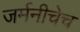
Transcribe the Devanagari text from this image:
जर्मनीचेच